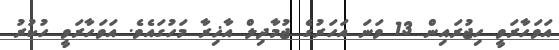
އަވަހާރަވީ ހިޖުރައިން 13 ވަނަ އަހަރުގެ ޖުމާދިލް އާޚިރާ މަހުގައެވެ. އަވަހާރަވީ ހުކުރު